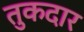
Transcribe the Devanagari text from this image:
तुकदार